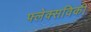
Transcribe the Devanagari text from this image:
फ्लेक्सविकी